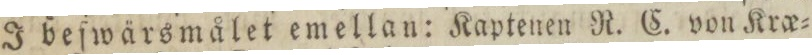
I beſwärsmålet emellan: Kaptenen R. C. von Krœ=